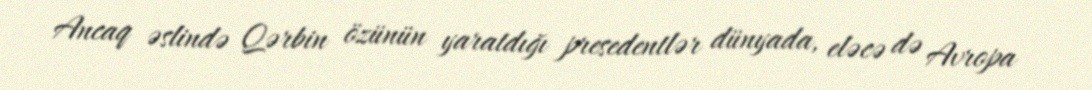
Ancaq əslində Qərbin özünün yaratdığı presedentlər dünyada, eləcə də Avropa